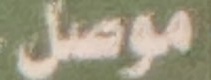
موصل